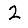
Digit: 2